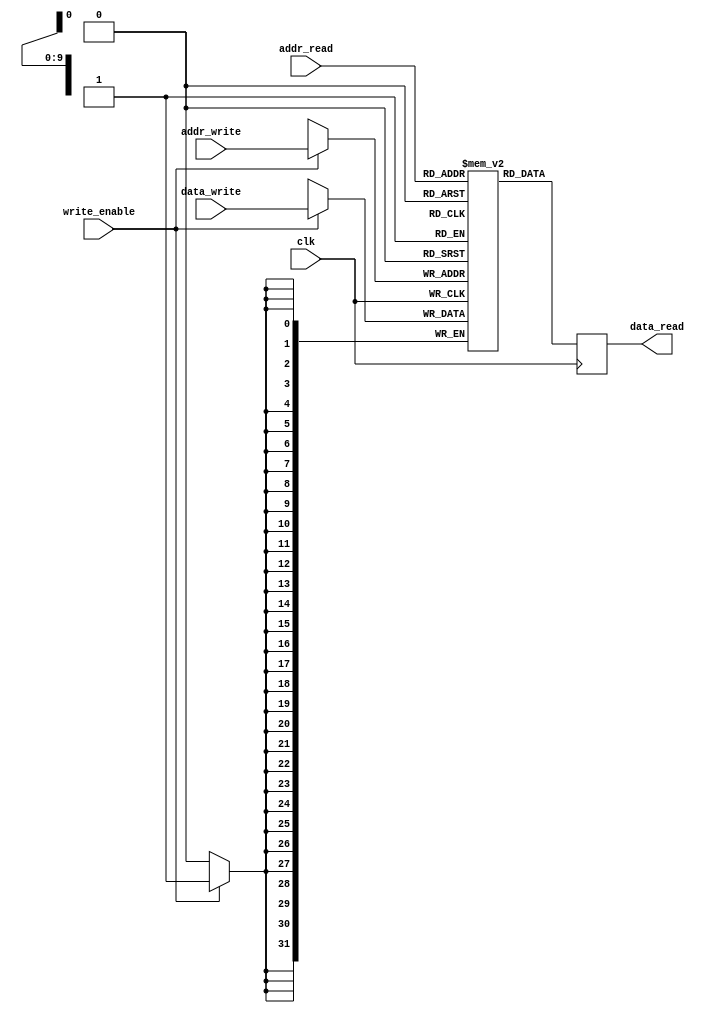
module dual_port_ram (
   input wire clk,
   input wire [9:0] addr_read,
   input wire [9:0] addr_write,
   input wire [31:0] data_write,
   input wire write_enable,
   output reg [31:0] data_read
);

reg [31:0] mem [0:1023];

always @(posedge clk) begin
   if (write_enable) begin
      mem[addr_write] <= data_write;
   end
   data_read <= mem[addr_read];
end

endmodule